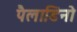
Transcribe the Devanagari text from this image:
पैलाडिनो